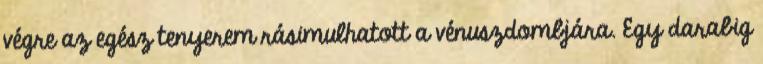
végre az egész tenyerem rásimulhatott a vénuszdombjára. Egy darabig